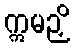
ဣမဉှိ